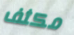
مكثف